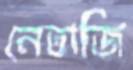
নেতাজি